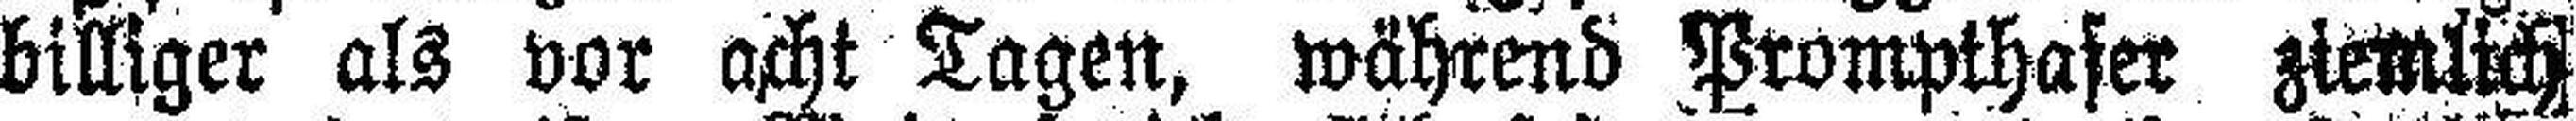
billiger als vor acht Tagen, während Prompthafer ziemlich